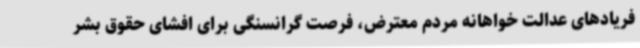
فریادهای عدالت خواهانه مردم معترض، فرصت گرانسنگی برای افشای حقوق بشر